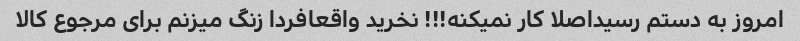
امروز به دستم رسیداصلا کار نمیکنه!!! نخرید واقعافردا زنگ میزنم برای مرجوع کالا